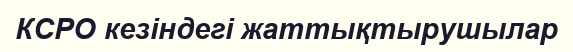
КСРО кезіндегі жаттықтырушылар